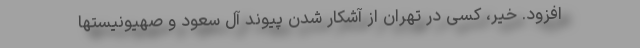
افزود. خیر، کسی در تهران از آشکار شدن پیوند آل سعود و صهیونیستها